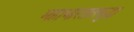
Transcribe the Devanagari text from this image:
महाभारतातसुद्धा